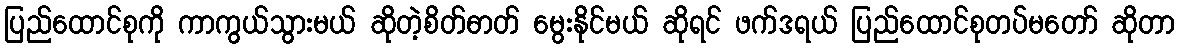
ပြည်ထောင်စုကို ကာကွယ်သွားမယ် ဆိုတဲ့စိတ်ဓာတ် မွေးနိုင်မယ် ဆိုရင် ဖက်ဒရယ် ပြည်ထောင်စုတပ်မတော် ဆိုတာ